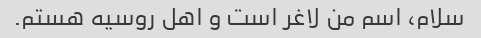
سلام، اسم من لاغر است و اهل روسیه هستم.